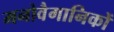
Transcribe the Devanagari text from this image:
मनोवैगानिकों